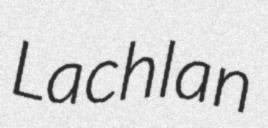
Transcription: Lachlan